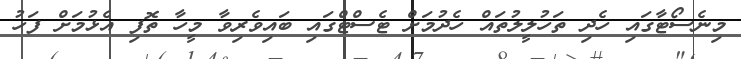
މިނެސޯޓާގައި ހެދި ތަހުލީލުތައް ހެދުމަށް ޓެސްޓްގައި ބައިވެރިވާ މީހާ ތޮފި އެޅުމަށް ފަހު